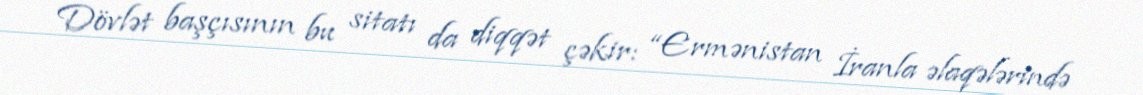
Dövlət başçısının bu sitatı da diqqət çəkir: “Ermənistan İranla əlaqələrində